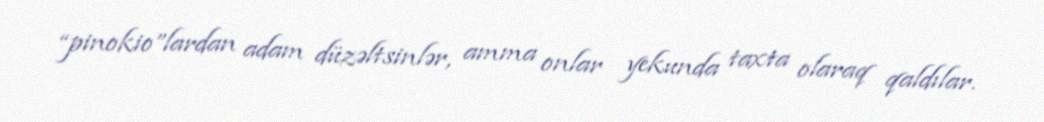
“pinokio”lardan adam düzəltsinlər, amma onlar yekunda taxta olaraq qaldılar.